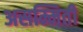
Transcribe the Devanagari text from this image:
असम्मिती